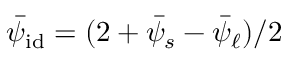
\bar { \psi } _ { \mathrm { i d } } = ( 2 + \bar { \psi } _ { s } - \bar { \psi } _ { \ell } ) / 2